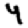
Digit: 4